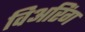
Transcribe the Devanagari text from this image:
विअरिंग